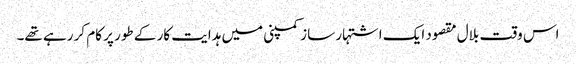
اس وقت بلال مقصود ایک اشتہار ساز کمپنی میں ہدایت کار کے طور پر کام کر رہے تھے۔